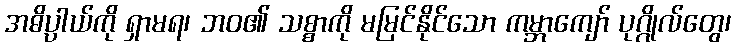
အဓိပ္ပာယ်ကို ရှာမရ၊ ဘဝ၏ သစ္စာကို မမြင်နိုင်သော ကမ္ဘာကျော် ပုဂ္ဂိုလ်တွေ၊